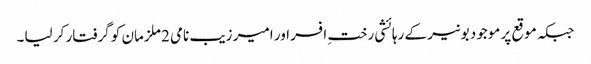
جبکہ موقع پر موجود بونیر کے رہائشی رختِ افسر اور امیر زیب نامی 2 ملزمان کو گرفتار کر لیا۔